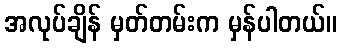
အလုပ်ချိန် မှတ်တမ်းက မှန်ပါတယ်။